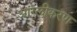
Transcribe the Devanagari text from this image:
आंग्लीकरण